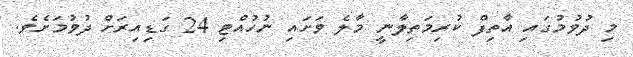
މި ދުވުމުގައި އާތިފް ކުރިމަތިލާނީ މާލެ ވަށައި ނުހުއްޓި 24 ގަޑިއިރަށް ދުވުމަށެވެ.